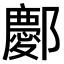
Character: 𫑭